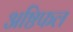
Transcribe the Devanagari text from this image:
अष्ठिफल